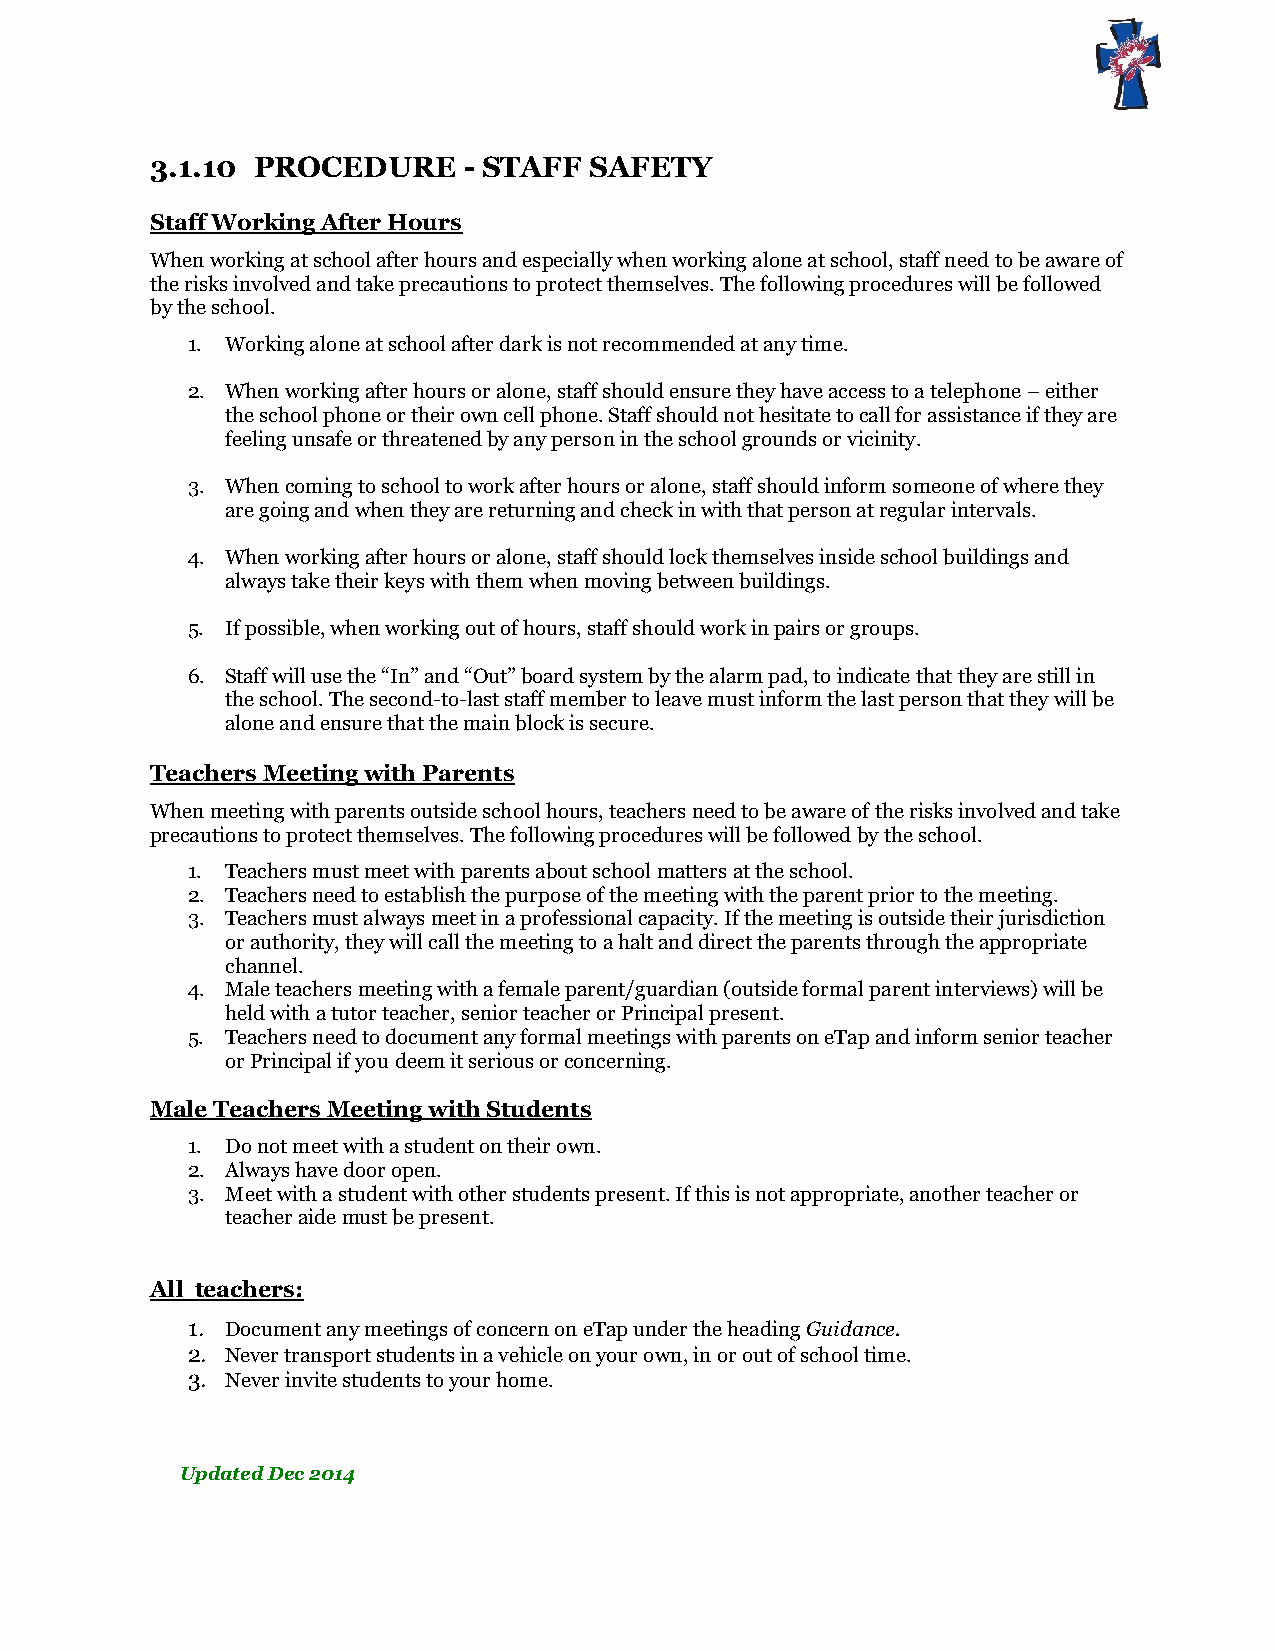
3.1.10 PROCEDURE     - STAFF SAFETY
 Staff Working After Hours
 When working at school after hours and especially when working alone at school, staff need to be aware of
 the risks involved and take precautions to protect themselves. The following procedures will be followed
 by the school.
 1. Working alone at school after dark is not recommended at any time.
 2. When working after hours or alone, staff should ensure they have access to a telephone – either
 the school phone or their own cell phone. Staff should not hesitate to call for assistance if they are
 feeling unsafe or threatened by any person in the school grounds or vicinity.
 3. When coming to school to work after hours or alone, staff should inform someone of where they
 are going and when they are returning and check in with that person at regular intervals.
 4. When working after hours or alone, staff should lock themselves inside school buildings and
 always take their keys with them when moving between buildings.
 5. If possible, when working out of hours, staff should work in pairs or groups.
 6. Staff will use the “In” and “Out” board system by the alarm pad, to indicate that they are still in
 the school. The second-to-last staff member to leave must inform the last person that they will be
 alone and ensure that the main block is secure.
 Teachers Meeting with Parents
 When meeting with parents outside school hours, teachers need to be aware of the risks involved and take
 precautions to protect themselves. The following procedures will be followed by the school.
 1. Teachers must meet with parents about school matters at the school.
 2. Teachers need to establish the purpose of the meeting with the parent prior to the meeting.
 3. Teachers must always meet in a professional capacity. If the meeting is outside their jurisdiction
 or authority, they will call the meeting to a halt and direct the parents through the appropriate
 channel.
 4. Male teachers meeting with a female parent/guardian (outside formal parent interviews) will be
 held with a tutor teacher, senior teacher or Principal present.
 5. Teachers need to document any formal meetings with parents on eTap and inform senior teacher
 or Principal if you deem it serious or concerning.
 Male Teachers Meeting with Students
 1. Do not meet with a student on their own.
 2. Always have door open.
 3. Meet with a student with other students present. If this is not appropriate, another teacher or
 teacher aide must be present.
 All teachers:
 1. Document any meetings of concern on eTap under the heading Guidance.
 2. Never transport students in a vehicle on your own, in or out of school time.
 3. Never invite students to your home.
 Updated Dec 2014